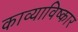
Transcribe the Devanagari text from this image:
काव्याविष्कार